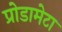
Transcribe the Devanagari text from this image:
प्रोडामेटा